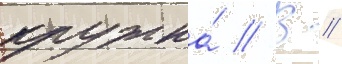
кружка́ // В //